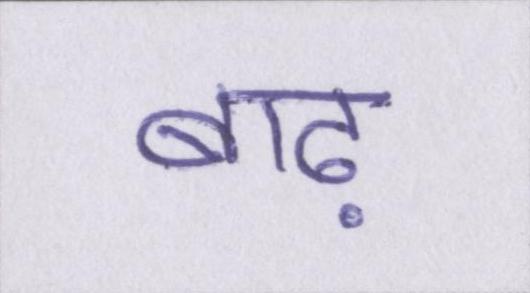
बाढ़